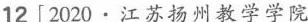
12[2020·江苏扬州教学学院